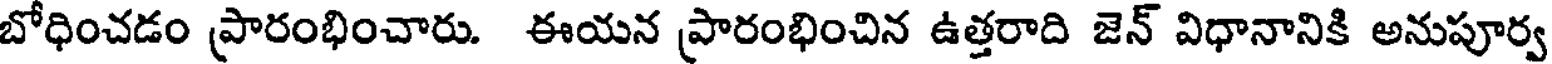
బోధించడం ప్రారంభించారు. ఈయన ప్రారంభించిన ఉత్తరాది జెన్ విధానానికి అనుపూర్వ